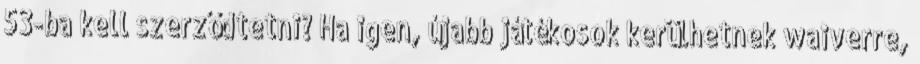
53-ba kell szerződtetni? Ha igen, újabb játékosok kerülhetnek waiverre,